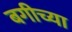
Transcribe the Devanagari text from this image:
बगीच्या